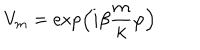
V _ { m } = \exp \left( { i \beta } \frac { m } { k } \varphi \right)